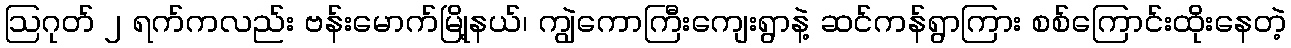
ဩဂုတ် ၂ ရက်ကလည်း ဗန်းမောက်မြို့နယ်၊ ကျွဲကောကြီးကျေးရွာနဲ့ ဆင်ကန်ရွာကြား စစ်ကြောင်းထိုးနေတဲ့